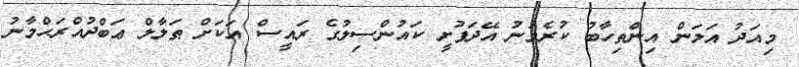
މިއަދު އަލަން އިންތިހާބު ކުރެވުނު އޭދަފުށީ ކައުންސިލުގެ ރައީސް އަކަށް ޠަލާލް ޢަބްދުއްރަޙްމާނު